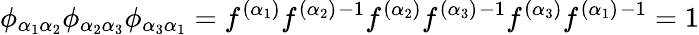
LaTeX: \phi_{\alpha_{1}\alpha_{2}}\phi_{\alpha_{2}\alpha_{3}}\phi_{\alpha_{3}\alpha_{1}}=f^{(\alpha_{1})}f^{(\alpha_{2})}{}^{-1}f^{(\alpha_{2})}f^{(\alpha_{3})}{}^{-1}f^{(\alpha_{3})}f^{(\alpha_{1})}{}^{-1}=1